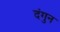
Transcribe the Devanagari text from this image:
दंगुन